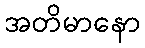
အတိမာနော